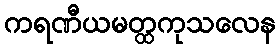
ကရဏီယမတ္ထကုသလေန